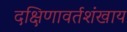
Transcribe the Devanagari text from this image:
दक्षिणावर्तशंखाय